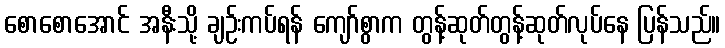
စောစောအောင် အနီးသို့ ချဉ်းကပ်ရန် ကျော်စွာက တွန့်ဆုတ်တွန့်ဆုတ်လုပ်နေ ပြန်သည်။